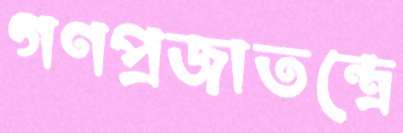
গণপ্রজাতন্ত্রে